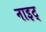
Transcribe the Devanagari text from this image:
नाइट्